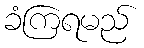
ခံကြရမည်